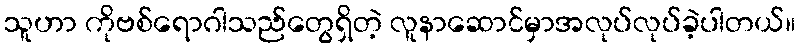
သူဟာ ကိုဗစ်ရောဂါသည်တွေရှိတဲ့ လူနာဆောင်မှာအလုပ်လုပ်ခဲ့ပါတယ်။